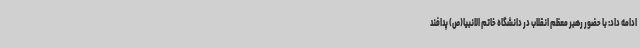
ادامه داد: با حضور رهبر معظم انقلاب در دانشگاه خاتم الانبیا(ص) پدافند